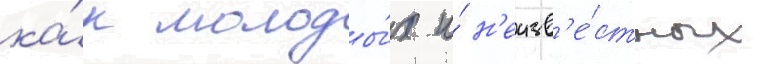
ка́к молоды́х и́ н'еизв'е́стных